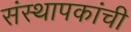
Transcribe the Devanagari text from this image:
संस्थापकांची